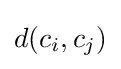
d(c_{i},c_{j})